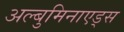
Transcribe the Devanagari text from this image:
अल्बुमिनाएड्स